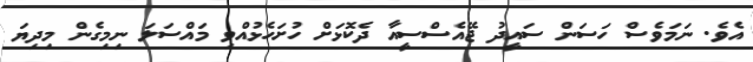
އެވެ. ނަމަވެސް ހަސަން ސައީދު ޖޭއެސްސީއާ ދެކޮޅަށް ހުށަހެޅުއްވި މައްސަލަ ނިމިގެން މިދިޔަ